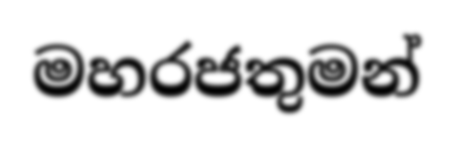
මහරජතුමන්